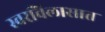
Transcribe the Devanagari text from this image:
स्वरविलासात